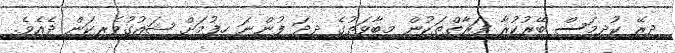
ދިރޭ ކުދިމަސް ބޭރުކުރާ ފަރާތްތަކުން މިބާވަތުގެ ދިދަ ފުންނަ ހިފުމަށް ޝައުގުވެރިކަން ދެއެވެ.